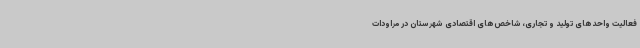
فعالیت واحدهای تولید و تجاری، شاخص‌های اقتصادی شهرستان در مراودات